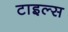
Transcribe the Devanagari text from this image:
टाइल्‍स